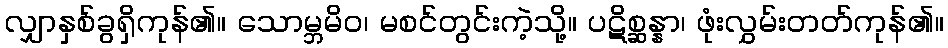
လျှာနှစ်ခွရှိကုန်၏။ သောမ္ဘမိဝ၊ မစင်တွင်းကဲ့သို့။ ပဋိစ္ဆန္နာ၊ ဖုံးလွှမ်းတတ်ကုန်၏။